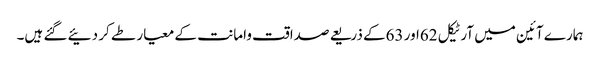
ہمارے آئین میں آرٹیکل 62اور 63کے ذریعے صداقت وامانت کے معیار طے کر دئیے گئے ہیں۔